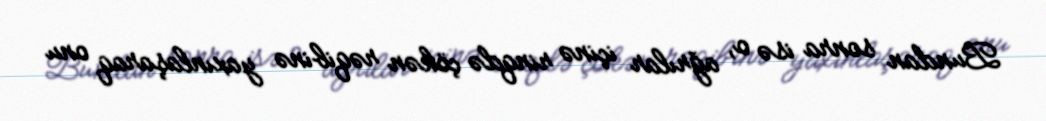
Bundan sonra isə o, ağrılar içinə rinqdə çökən rəqibinə yaxınlaşaraq onu